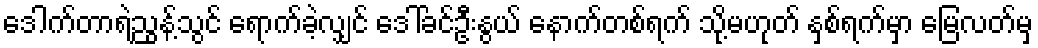
ဒေါက်တာရဲညွန့်သွင် ရောက်ခဲ့လျှင် ဒေါ်ခင်ဦးနွယ် နောက်တစ်ရက် သို့မဟုတ် နှစ်ရက်မှာ မြေလတ်မှ